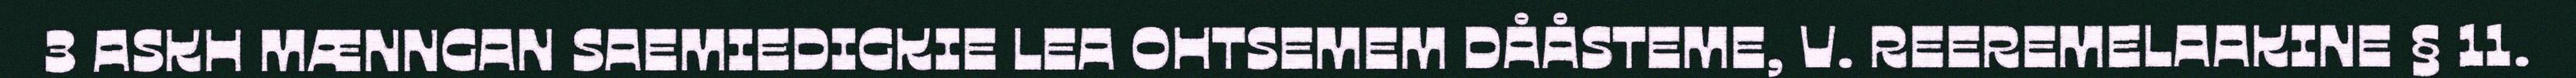
3 ASKH MÆNNGAN SAEMIEDIGKIE LEA OHTSEMEM DÅÅSTEME, V. REEREMELAAKINE § 11.